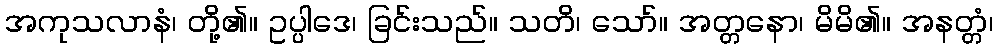
အကုသလာနံ၊ တို့၏။ ဥပ္ပါဒေ၊ ခြင်းသည်။ သတိ၊ သော်။ အတ္တနော၊ မိမိ၏။ အနတ္တံ၊